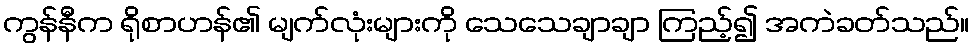
ကွန်နီက ရိုစာဟန်၏ မျက်လုံးများကို သေသေချာချာ ကြည့်၍ အကဲခတ်သည်။